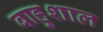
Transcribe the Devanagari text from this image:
बाहुशाल